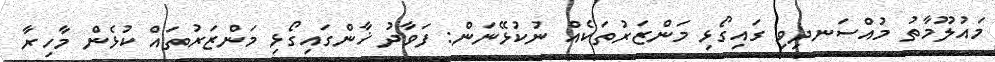
މައުލޫމާތު މުއްސަނދިވި ގައިގޯޅި މަންޒަރުތަކެއް ނުކުޅޭނަން: ފަވާދު ޚާންގައިގޯޅި މަންޒަރުތައް ކުޅެން މާހިރާ